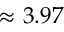
\approx 3 . 9 7